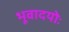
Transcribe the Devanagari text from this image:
भूवादयोः